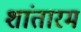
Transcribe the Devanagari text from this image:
शांतारम